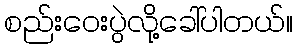
စည်းဝေးပွဲလို့ခေါ်ပါတယ်။